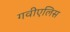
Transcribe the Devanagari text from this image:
गवीएलिस